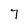
Character: 7